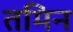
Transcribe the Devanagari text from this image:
तमिन